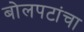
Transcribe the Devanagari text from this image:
बोलपटांचा